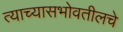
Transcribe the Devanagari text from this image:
त्याच्यासभोवतीलचे